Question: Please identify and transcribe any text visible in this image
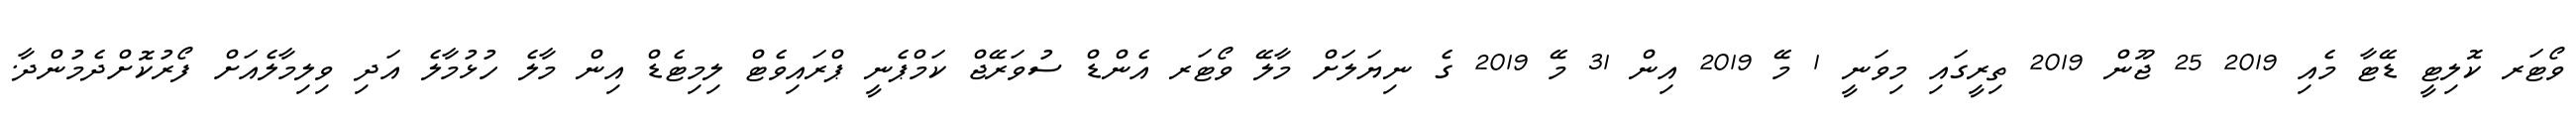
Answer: ވޯޓަރ ކޮލިޓީ ޑޭޓާ މެއި 2019 25 ޖޫން 2019 ތިރީގައި މިވަނީ 1 މޭ 2019 އިން 31 މޭ 2019 ގެ ނިޔަލަށް މާލޭ ވޯޓަރ އެންޑް ސުވަރޭޖް ކަމްޕެނީ ޕްރައިވެޓް ލިމިޓެޑް އިން މާލެ ހުޅުމާލެ އަދި ވިލިމާލެއަށް ފޯރުކޮށްދެމުންދާ.